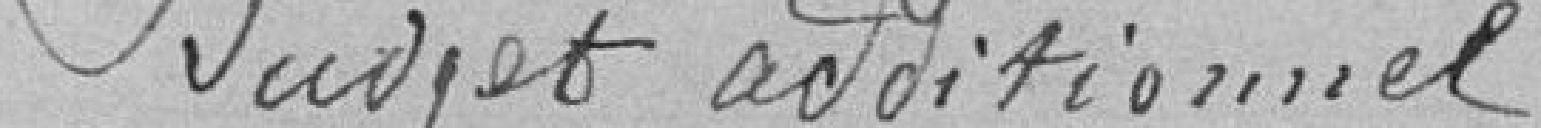
Budget additionnel